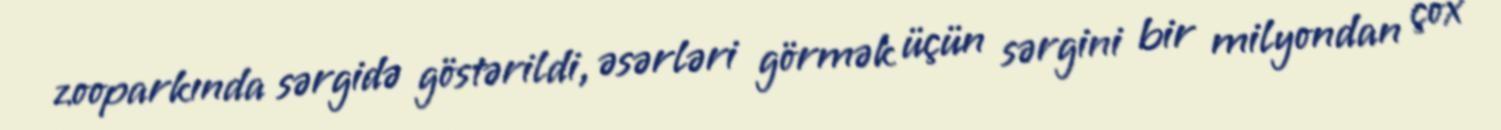
zooparkında sərgidə göstərildi, əsərləri görmək üçün sərgini bir milyondan çox